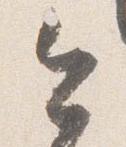
今